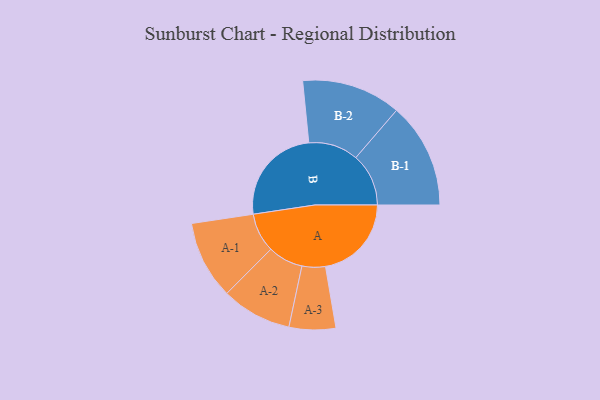
{"axis": {"x": "Segment", "y": "Value"}, "legend": ["", "A", "B"], "data": [{"x": "A", "y": 391, "type": ""}, {"x": "B", "y": 452, "type": ""}, {"x": "A-1", "y": 178, "type": "A"}, {"x": "A-2", "y": 160, "type": "A"}, {"x": "A-3", "y": 106, "type": "A"}, {"x": "B-1", "y": 240, "type": "B"}, {"x": "B-2", "y": 226, "type": "B"}]}